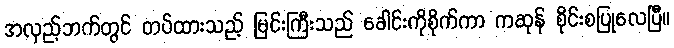
အလှည့်ဘက်တွင် တပ်ထားသည့် မြင်းကြီးသည် ခေါင်းကိုစိုက်ကာ ကဆုန် စိုင်းစပြုလေပြီ။